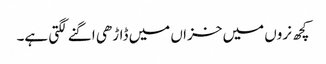
کچھ نروں میں خزاں میں ڈاڑھی اگنے لگتی ہے۔